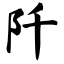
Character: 阡